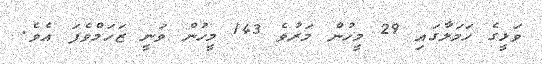
ވަޅީގެ ހަމަލާގައި 29 މީހުން މަރުވެ 143 މީހުން ވަނީ ޒަހަމްވެފަ އެވެ.